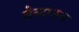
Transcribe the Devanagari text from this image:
वेस्टाऊन